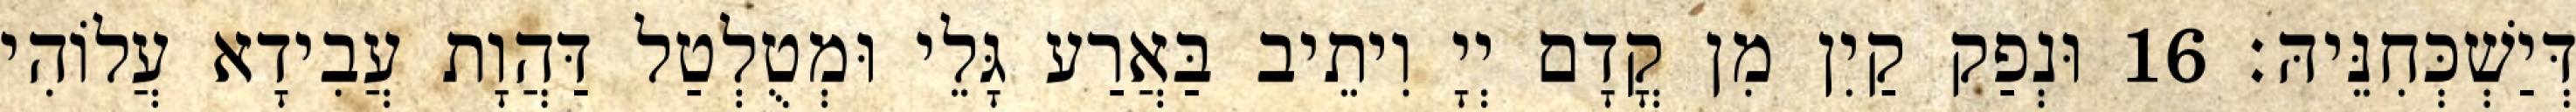
דְּיַשְׁכְּחִנֵּיהּ׃ 16 וּנְפַק קַיִן מִן קֳדָם יְיָ וִיתֵיב בַּאֲרַע גָּלֵי וּמְטֻלְטַל דַּהֲוָת עֲבִידָא עֲלוֹהִי